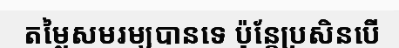
តម្លៃសមរម្យបានទេ ប៉ុន្តែប្រសិនបើ